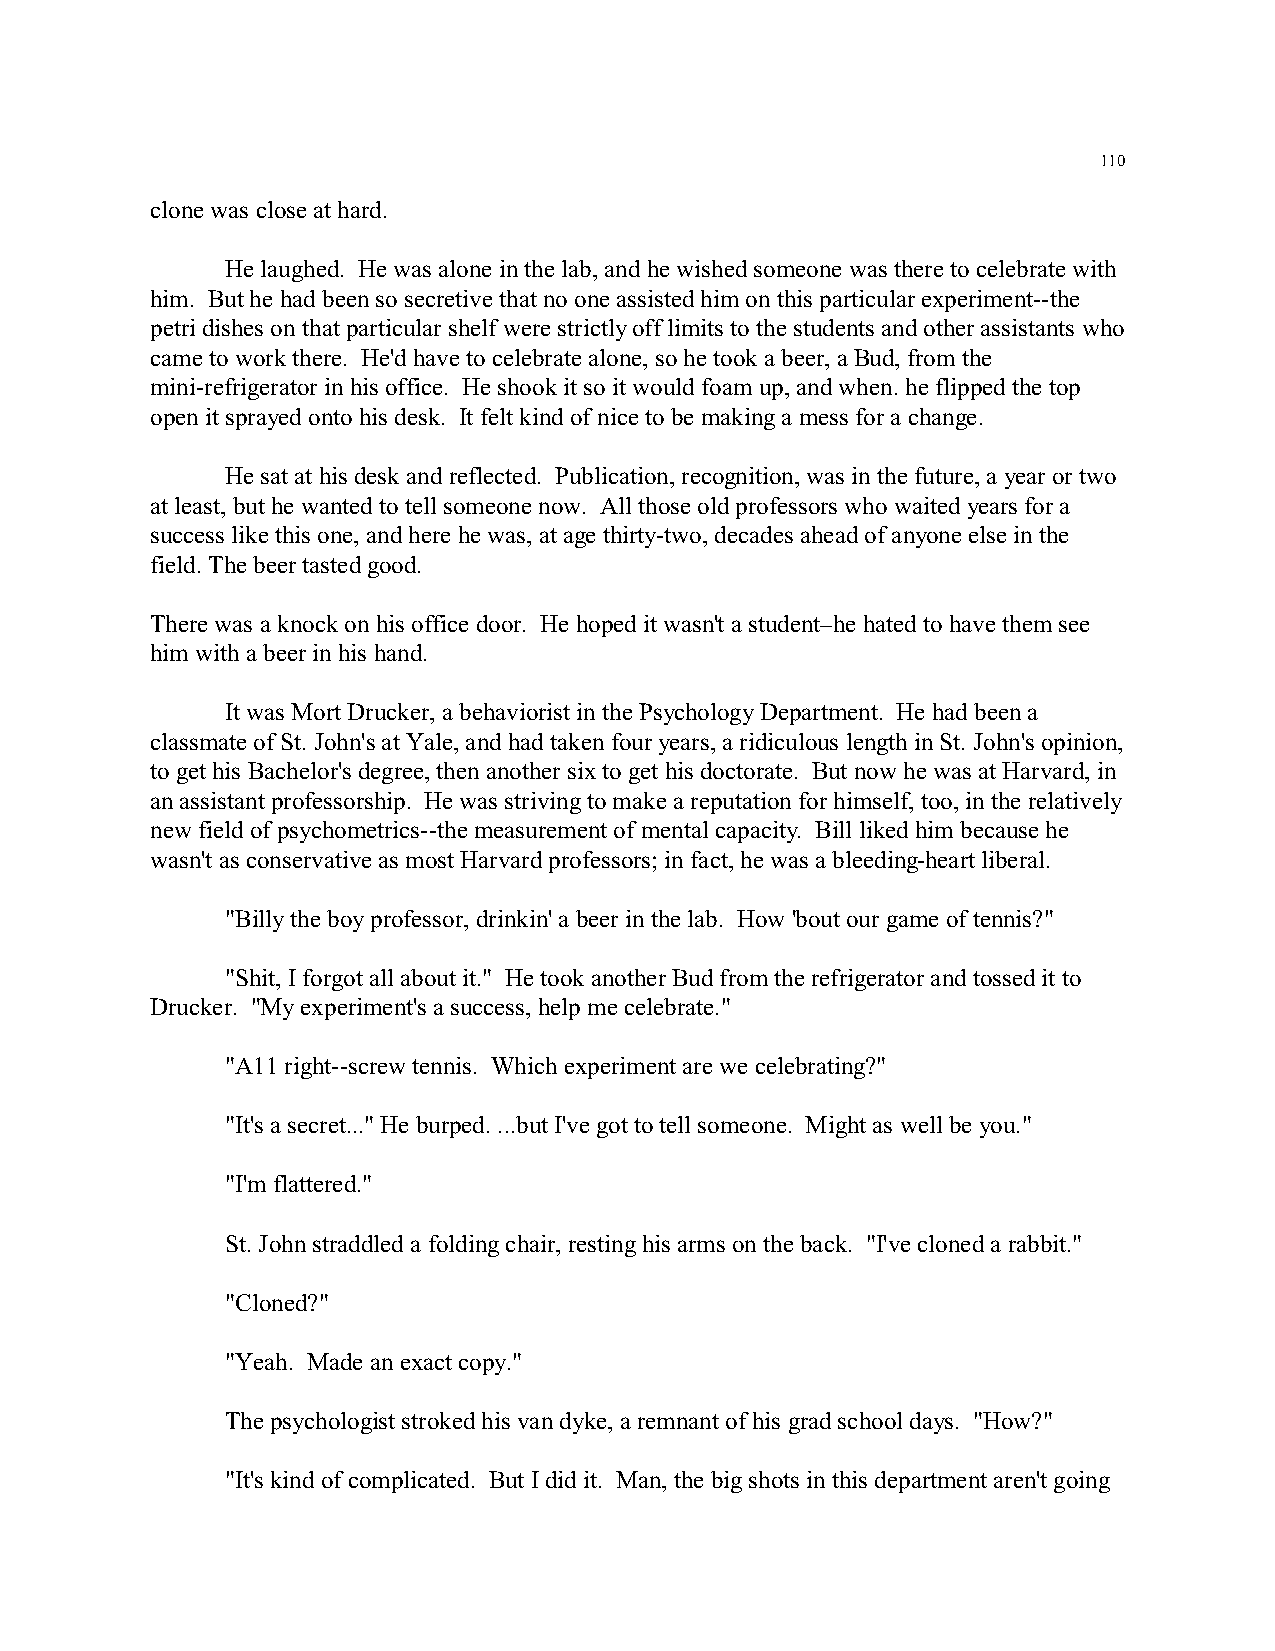
110
 clone was close at hard.
 He laughed. He was alone in the lab, and he wished someone was there to celebrate with
 him. But he had been so secretive that no one assisted him on this particular experiment--the
 petri dishes on that particular shelf were strictly off limits to the students and other assistants who
 came to work there. He'd have to celebrate alone, so he took a beer, a Bud, from the
 mini-refrigerator in his office. He shook it so it would foam up, and when. he flipped the top
 open it sprayed onto his desk. It felt kind of nice to be making a mess for a change.
 He sat at his desk and reflected. Publication, recognition, was in the future, a year or two
 at least, but he wanted to tell someone now. All those old professors who waited years for a
 success like this one, and here he was, at age thirty-two, decades ahead of anyone else in the
 field. The beer tasted good.
 There was a knock on his office door. He hoped it wasn't a student–he hated to have them see
 him with a beer in his hand.
 It was Mort Drucker, a behaviorist in the Psychology Department. He had been a
 classmate of St. John's at Yale, and had taken four years, a ridiculous length in St. John's opinion,
 to get his Bachelor's degree, then another six to get his doctorate. But now he was at Harvard, in
 an assistant professorship. He was striving to make a reputation for himself, too, in the relatively
 new field of psychometrics--the measurement of mental capacity. Bill liked him because he
 wasn't as conservative as most Harvard professors; in fact, he was a bleeding-heart liberal.
 "Billy the boy professor, drinkin' a beer in the lab. How 'bout our game of tennis?"
 "Shit, I forgot all about it." He took another Bud from the refrigerator and tossed it to
 Drucker. "My experiment's a success, help me celebrate."
 "A11 right--screw tennis. Which experiment are we celebrating?"
 "It's a secret..." He burped. ...but I've got to tell someone. Might as well be you."
 "I'm flattered."
 St. John straddled a folding chair, resting his arms on the back. "I've cloned a rabbit."
 "Cloned?"
 "Yeah. Made an exact copy."
 The psychologist stroked his van dyke, a remnant of his grad school days. "How?"
 "It's kind of complicated. But I did it. Man, the big shots in this department aren't going